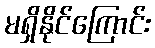
မရှိနိုင်ကြောင်း